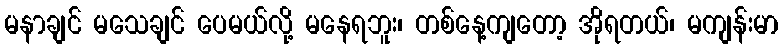
မနာချင် မသေချင် ပေမယ်လို့ မနေရဘူး၊ တစ်နေ့ကျတော့ အိုရတယ်၊ မကျန်းမာ